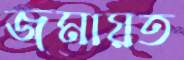
জমায়ত